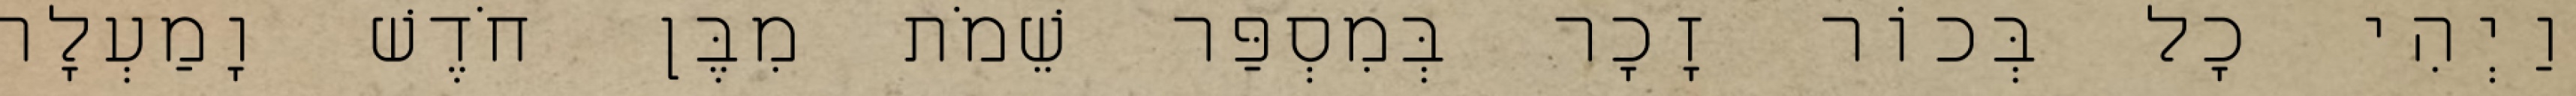
וַיְהִי כָל בְּכוֹר זָכָר בְּמִסְפַּר שֵׁמֹת מִבֶּן חֹדֶשׁ וָמַעְלָה